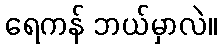
ရေကန် ဘယ်မှာလဲ။